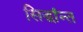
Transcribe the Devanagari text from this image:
सिद्धांन्त